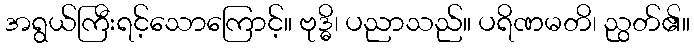
အရွယ်ကြီးရင့်သောကြောင့်။ ဗုဒ္ဓိ၊ ပညာသည်။ ပရိဏမတိ၊ ညွတ်၏။